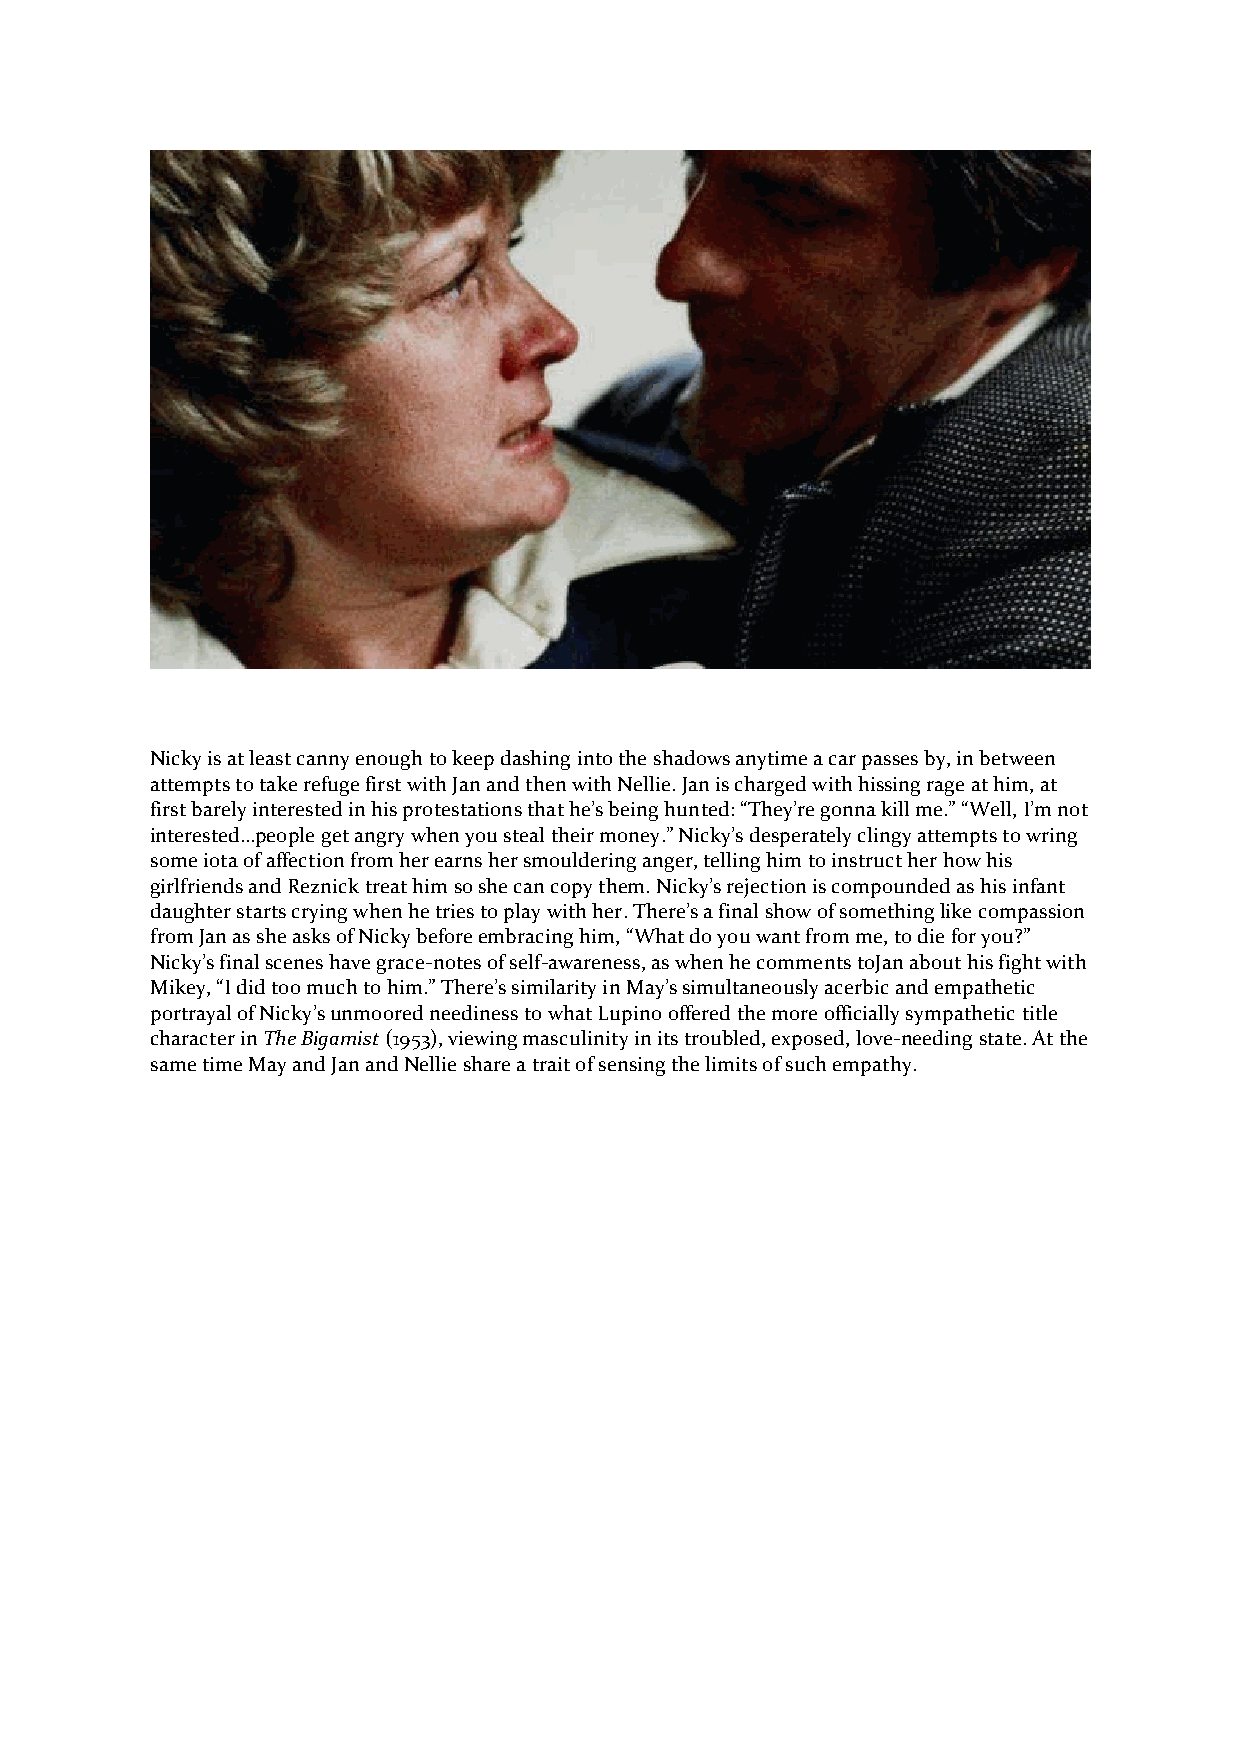
Nicky is at least canny enough to keep dashing into the shadows anytime a car passes by, in between
 attempts to take refuge first with Jan and then with Nellie. Jan is charged with hissing rage at him, at
 first barely interested in his protestations that he’s being hunted: “They’re gonna kill me.” “Well, I’m not
 interested…people get angry when you steal their money.” Nicky’s desperately clingy attempts to wring
 some iota of affection from her earns her smouldering anger, telling him to instruct her how his
 girlfriends and Reznick treat him so she can copy them. Nicky’s rejection is compounded as his infant
 daughter starts crying when he tries to play with her. There’s a final show of something like compassion
 from Jan as she asks of Nicky before embracing him, “What do you want from me, to die for you?”
 Nicky’s final scenes have grace-notes of self-awareness, as when he comments toJan about his fight with
 Mikey, “I did too much to him.” There’s similarity in May’s simultaneously acerbic and empathetic
 portrayal of Nicky’s unmoored neediness to what Lupino offered the more officially sympathetic title
 character in The Bigamist (1953), viewing masculinity in its troubled, exposed, love-needing state. At the
 same time May and Jan and Nellie share a trait of sensing the limits of such empathy.